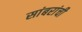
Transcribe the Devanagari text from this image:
सांबरांची